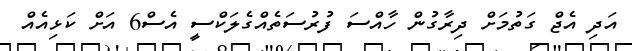
އަދި އެޖް ގަތުމަށް ދިރާގުން ހާއްސަ ފުރުސަތެއްގެލަކްސީ އެސް6 އަށް ކަޅިއެއް